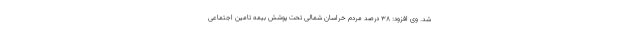
شد. وی افزود: ۳۸ درصد مردم خراسان شمالی تحت پوشش بیمه تامین اجتماعی